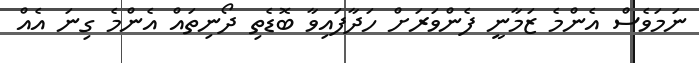
ނަމަވެސް އެންމެ ޒަމާނީ ފެންވަރަށް ހަދާފައިވާ ބޮޑެތި ދޯނިތައް އެންމެ ގިނަ އެއް